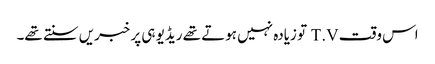
اس وقت T.V تو زیادہ نہیں ہوتے تھے ریڈیو ہی پر خبریں سنتے تھے۔